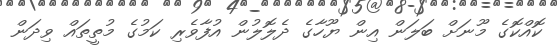
ކޮއްކޮގެ މޫނަށް ބަލަން އިން ޔޫހާގެ ދެލޮލުން އުފާވެރި ކަމުގެ މުތީތައް ވިދަން